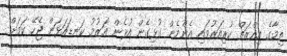
ތިމާގެ އިއްޒަތް ކުރިއަރުވައި އެންމެން ގުޅިގެން އުޅެން އަޒުމު ކަނޑައަޅަން ޖެހޭ ކަމަށް